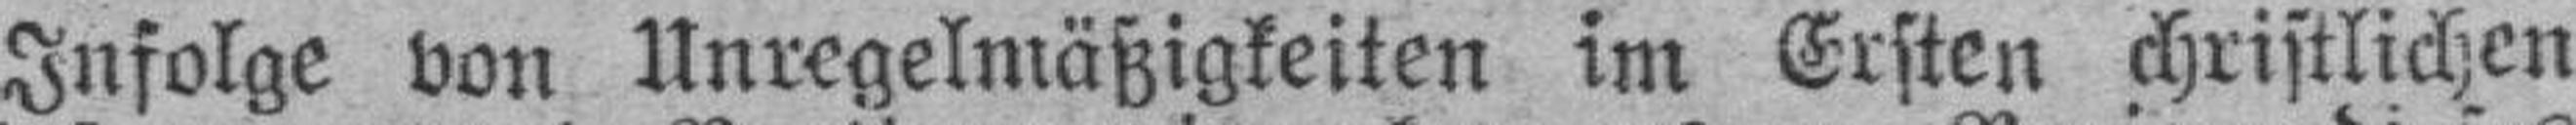
Infolge von Unregelmäßigkeiten im Ersten christlichen